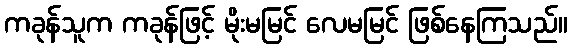
ကခုန်သူက ကခုန်ဖြင့် မိုးမမြင် လေမမြင် ဖြစ်နေကြသည်။